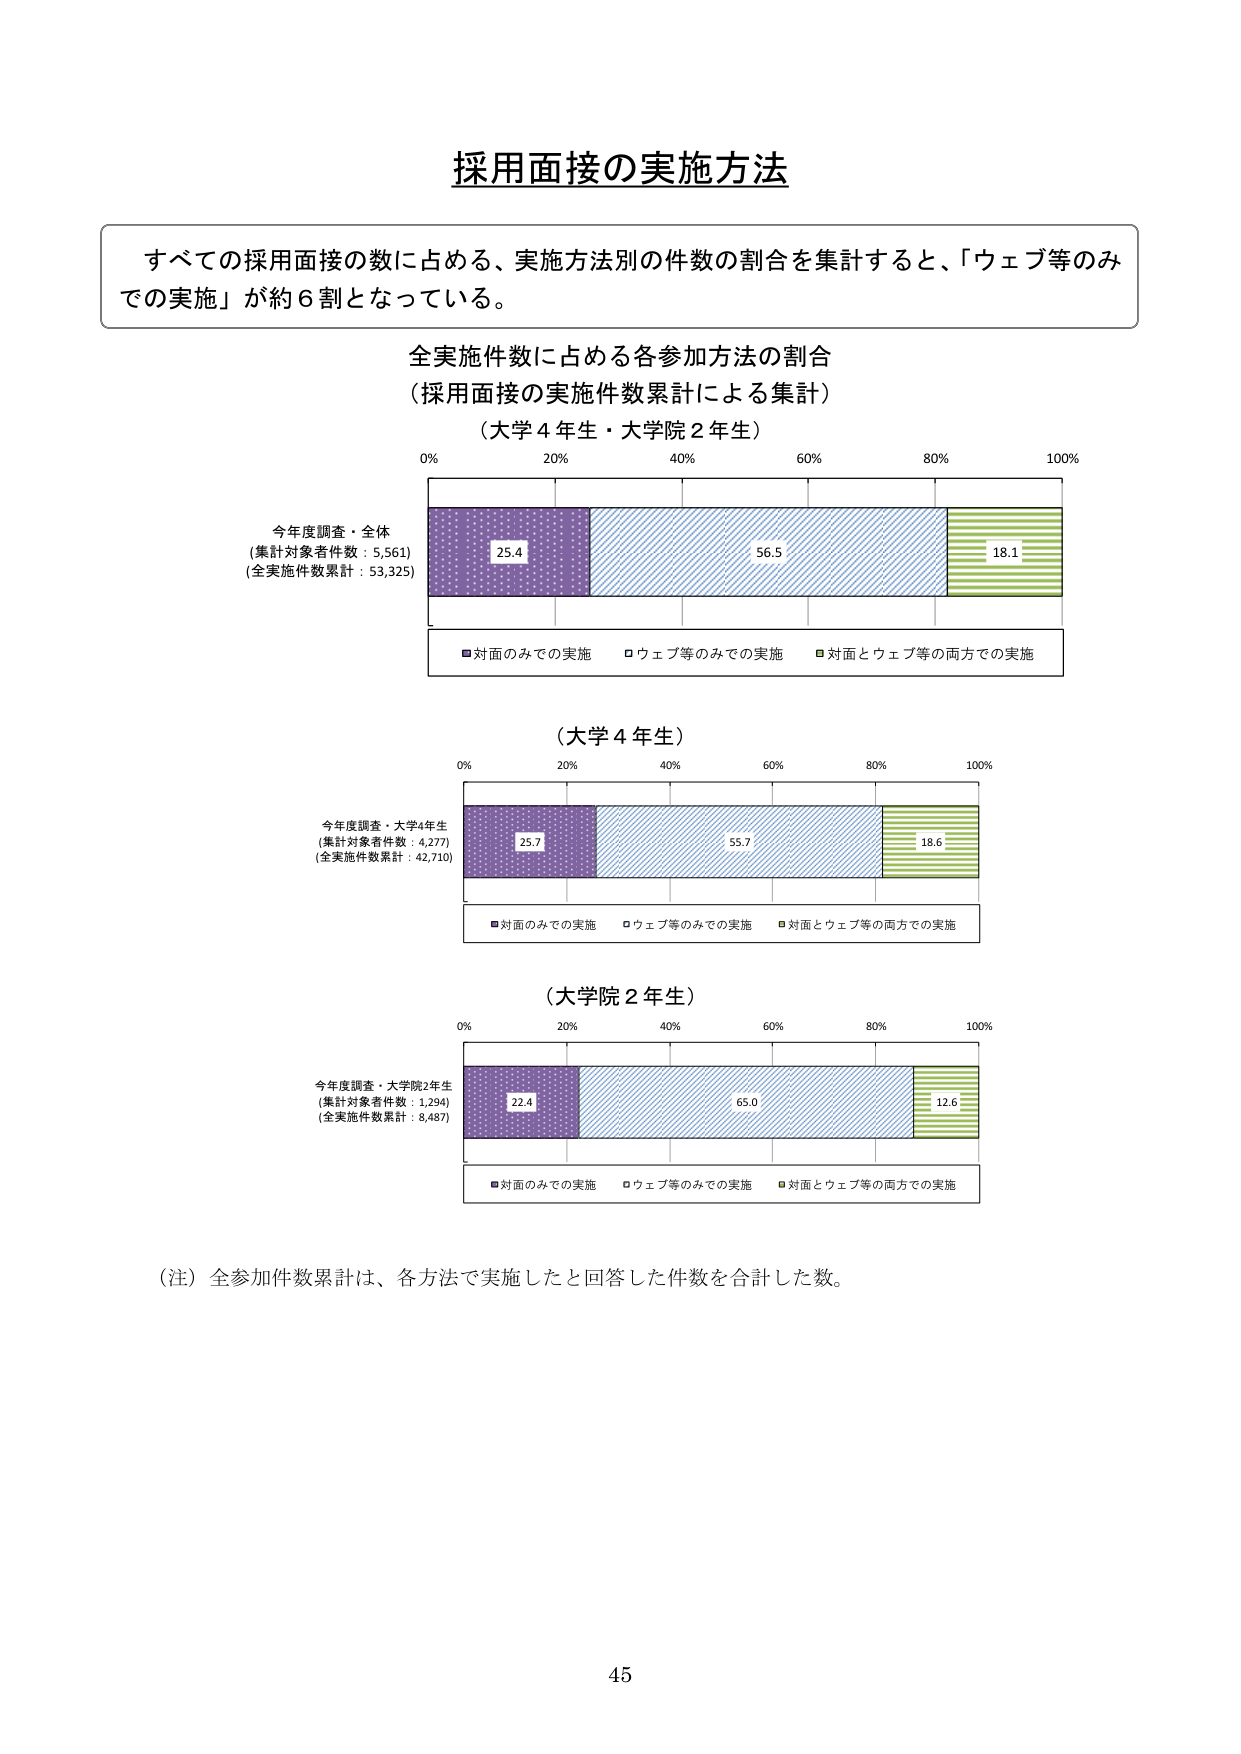
採用面接の実施方法

すべての採用面接の数に占める、実施方法別の件数の割合を集計すると、「ウェブ等のみでの実施」が約６割となっている。

全実施件数に占める各参加方法の割合
（採用面接の実施件数累計による集計）
（大学４年生・大学院２年生）

0% 20% 40% 60% 80% 100%

今年度調査・全体
（集計対象者件数：5,561）
（全実施件数累計：53,325）

25.4 56.5 18.1

■対面のみでの実施 □ウェブ等のみでの実施 ■対面とウェブ等の両方での実施

（大学４年生）

0% 20% 40% 60% 80% 100%

今年度調査・大学4年生
（集計対象者件数：4,277）
（全実施件数累計：42,710）

25.7 55.7 18.6

■対面のみでの実施 □ウェブ等のみでの実施 ■対面とウェブ等の両方での実施

（大学院２年生）

0% 20% 40% 60% 80% 100%

今年度調査・大学院2年生
（集計対象者件数：1,294）
（全実施件数累計：8,487）

22.4 65.0 12.6

■対面のみでの実施 □ウェブ等のみでの実施 ■対面とウェブ等の両方での実施

（注）全参加件数累計は、各方法で実施したと回答した件数を合計した数。

45